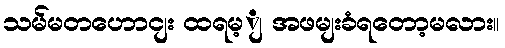
သမ်မတဟောငျး ထရမ့ျ အဖမျးခံရတော့မလား။